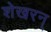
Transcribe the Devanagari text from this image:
शेखरन्